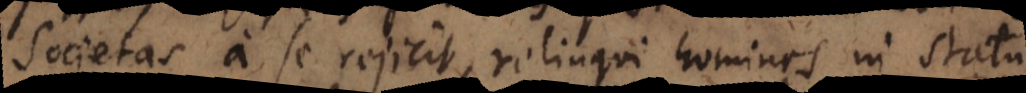
societas a se rejicit, relinqui homines in statu